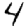
Digit: 4